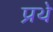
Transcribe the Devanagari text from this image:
प्रथे